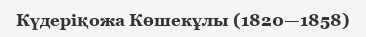
Күдеріқожа Көшекұлы (1820—1858)